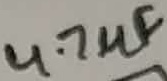
Text: 4.7µF